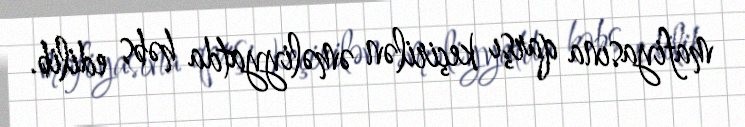
mafiyasına qarşı keçirilən əməliyyatda həbs edilib.